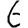
Digit: 6